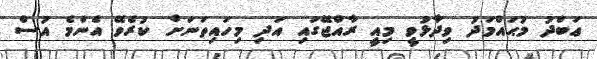
ޢަބްދު މުޙައްމަދު ވިދާޅުވީ މިއީ ރާއްޖޭގައި އަދި މިހައިތަނަށް ކުރެވޭ އެންމެ އުސް